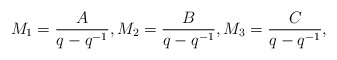
\begin{align*} M_1=\frac{A}{q-q^{-1}},M_2=\frac{B}{q-q^{-1}},M_3=\frac{C}{q-q^{-1}},\end{align*}